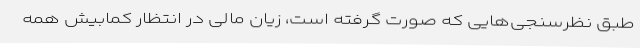
طبق نظرسنجی‌هایی که صورت گرفته است، زیان مالی در انتظار کمابیش همه